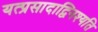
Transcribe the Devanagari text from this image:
यत्प्रसादाद्विनश्यति